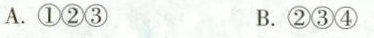
A.①②③ B.②③④